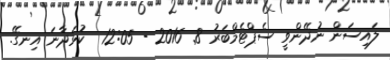
ލައިސަން ނުދޭންވީ ސެޕްޓެމްބަރު 8